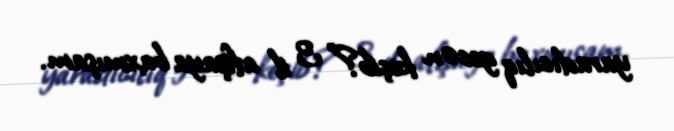
yaradıcılıq gecən keçib?” 3 il afişaya baxmışam.